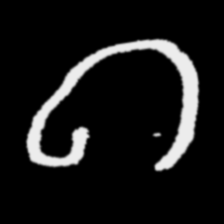
Pyu character \u2014 Myanmar letter: ဂ (romanized: ga)